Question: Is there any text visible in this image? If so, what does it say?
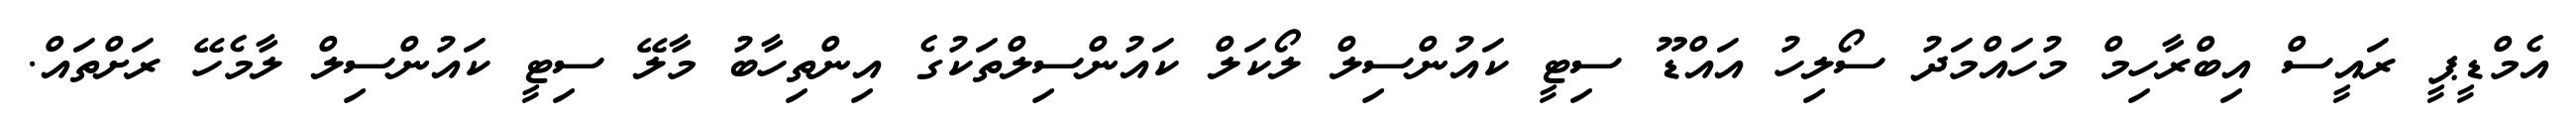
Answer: އެމްޑީޕީ ރައީސް އިބްރާހިމް މުހައްމަދު ސޯލިހު އައްޑޫ ސިޓީ ކައުންސިލް ލޯކަލް ކައުންސިލްތަކުގެ އިންތިހާބު މާލޭ ސިޓީ ކައުންސިލް ލާމެހޭ ރަށްތައް.